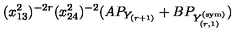
( x _ { 1 3 } ^ { 2 } ) ^ { - 2 r } ( x _ { 2 4 } ^ { 2 } ) ^ { - 2 } ( A P _ { Y _ { ( r + 1 ) } } + B P _ { Y _ { ( r , 1 ) } ^ { ( \mathrm { s y m } ) } } )